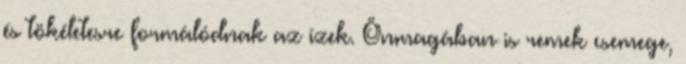
és tökéletesre formálódnak az ízek. Önmagában is remek csemege,